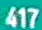
417